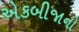
એકબીજાનો